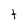
Character: t